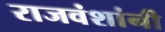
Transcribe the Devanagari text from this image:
राजवंशांनी